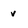
Character: v